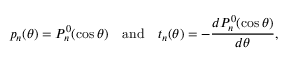
p _ { n } ( \theta ) = P _ { n } ^ { 0 } ( \cos \theta ) \quad \mathrm { a n d } \quad t _ { n } ( \theta ) = - \frac { d P _ { n } ^ { 0 } ( \cos \theta ) } { d \theta } ,